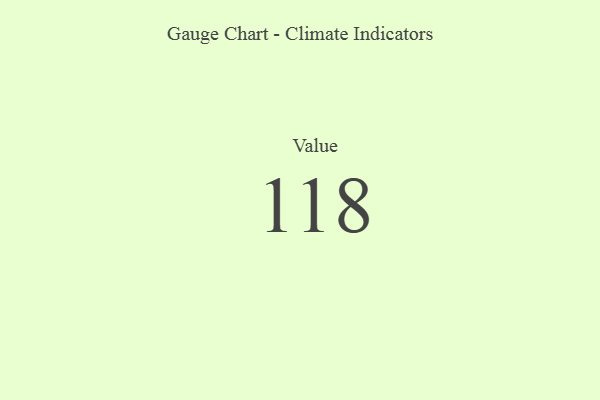
{"axis": {"x": "Metric", "y": "Value"}, "legend": [""], "data": [{"x": "Value", "y": 118, "type": ""}]}